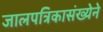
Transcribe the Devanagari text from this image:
जालपत्रिकासंख्येने